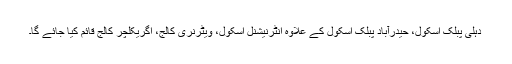
دہلی پبلک اسکول، حیدرآباد پبلک اسکول کے علاوہ انٹرنیشنل اسکول، ویٹرنری کالج، اگریکلچر کالج قائم کیا جائے گا۔